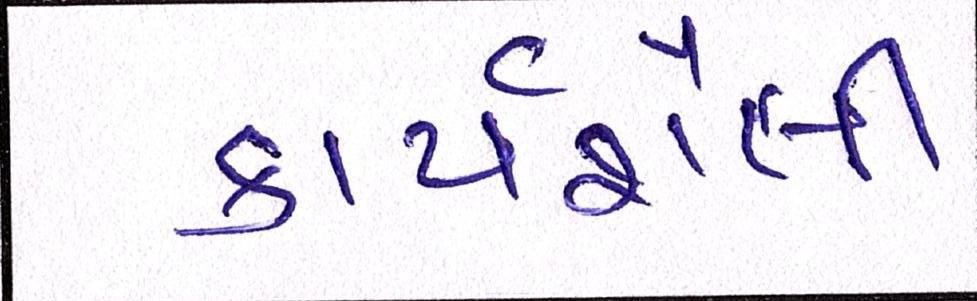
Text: કાર્યશૈલી